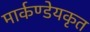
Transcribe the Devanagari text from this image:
मार्कण्डेयकृत